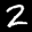
Label: 2